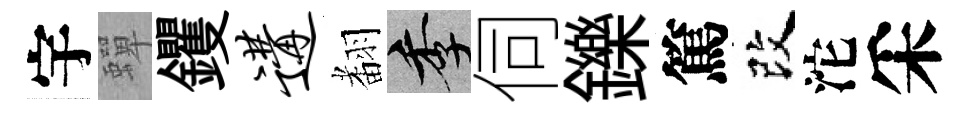
宇蟬钁遘𮋒季伺鑠篤改沱采